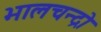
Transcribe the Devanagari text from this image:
भालचन्द्रो